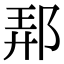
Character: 𨛓